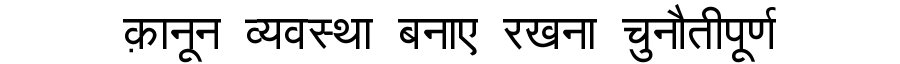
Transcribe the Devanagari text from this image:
क़ानून व्यवस्था बनाए रखना चुनौतीपूर्ण